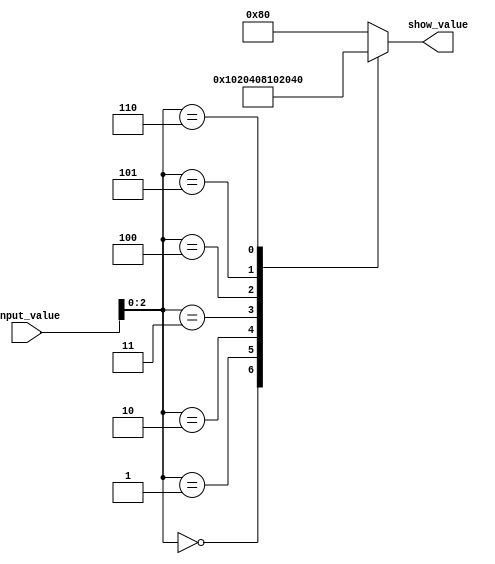
module control_LED
( input [7:0] input_value,
  output [7:0] show_value
);
wire [2:0] control;
reg[7:0] dec;
assign control = input_value[2:0];
assign show_value = dec;
always@*
case (control)
	3'b000  : dec <= 8'b00000001;
	3'b001  : dec <= 8'b00000010;
	3'b010  : dec <= 8'b00000100;
	3'b011  : dec <= 8'b00001000;
	3'b100  : dec <= 8'b00010000;
	3'b101  : dec <= 8'b00100000;
	3'b110  : dec <= 8'b01000000;
	default : dec <= 8'b10000000;
endcase
endmodule